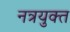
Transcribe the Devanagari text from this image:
नत्रयुक्त